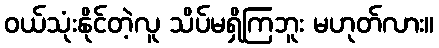
ဝယ်သုံးနိုင်တဲ့လူ သိပ်မရှိကြဘူး မဟုတ်လား။